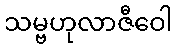
သမ္ဗဟုလာဇီဝေါ